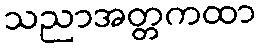
သညာအတ္တကထာ